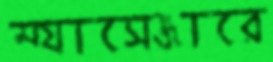
ম্যাসেঞ্জারে